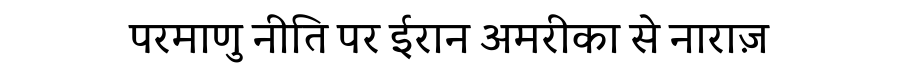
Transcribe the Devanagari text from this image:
परमाणु नीति पर ईरान अमरीका से नाराज़